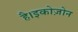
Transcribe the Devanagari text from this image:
है।इकोज़ोन